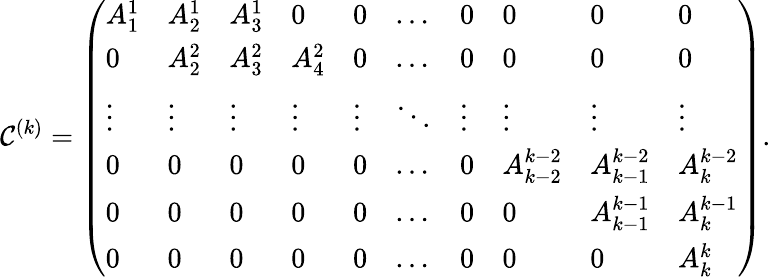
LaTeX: \mathcal{C}^{(k)}=\left(\begin{array}{llllllllll}{A_{1}^{1}}&{A_{2}^{1}}&{A_{3}^{1}}&{0}&{0}&{\ldots}&{0}&{0}&{0}&{0}\\ {0}&{A_{2}^{2}}&{A_{3}^{2}}&{A_{4}^{2}}&{0}&{\ldots}&{0}&{0}&{0}&{0}\\ {\vdots}&{\vdots}&{\vdots}&{\vdots}&{\vdots}&{\ddots}&{\vdots}&{\vdots}&{\vdots}&{\vdots}\\ {0}&{0}&{0}&{0}&{0}&{\ldots}&{0}&{A_{k-2}^{k-2}}&{A_{k-1}^{k-2}}&{A_{k}^{k-2}}\\ {0}&{0}&{0}&{0}&{0}&{\ldots}&{0}&{0}&{A_{k-1}^{k-1}}&{A_{k}^{k-1}}\\ {0}&{0}&{0}&{0}&{0}&{\ldots}&{0}&{0}&{0}&{A_{k}^{k}}\end{array}\right).